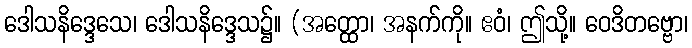
ဒေါသနိဒ္ဒေသေ၊ ဒေါသနိဒ္ဒေသ၌။ (အတ္ထော၊ အနက်ကို။ ဧဝံ၊ ဤသို့။ ဝေဒိတဗ္ဗော၊